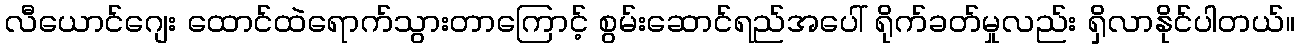
လီယောင်ဂျေး ထောင်ထဲရောက်သွားတာကြောင့် စွမ်းဆောင်ရည်အပေါ် ရိုက်ခတ်မှုလည်း ရှိလာနိုင်ပါတယ်။